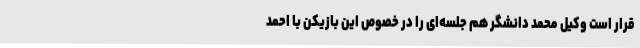
قرار است وکیل محمد دانشگر هم جلسه‌ای را در خصوص این بازیکن با احمد